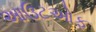
આઉટઓફ